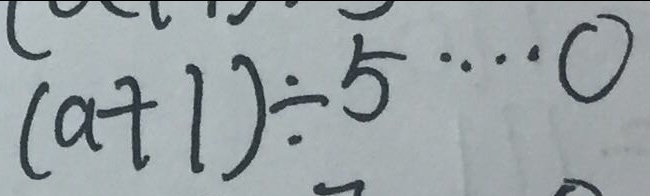
( a + 1 ) \div 5 \cdots 0